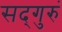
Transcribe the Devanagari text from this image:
सद्‌गुरुं